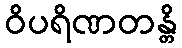
ဝိပရိဏတန္တိ